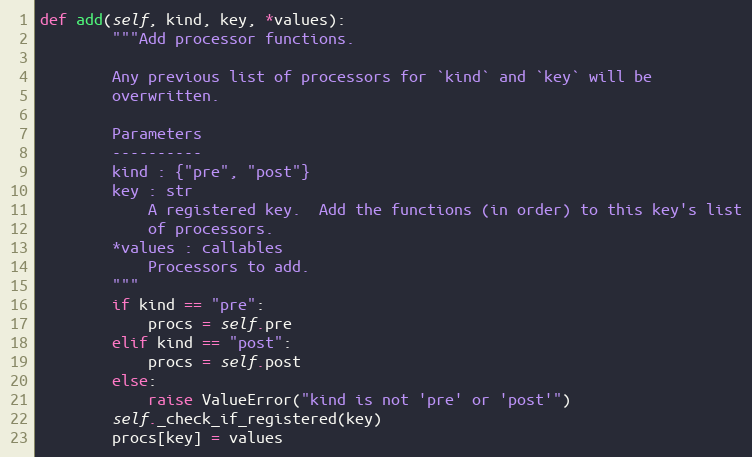
Language: Python
def add(self, kind, key, *values):
        """Add processor functions.

        Any previous list of processors for `kind` and `key` will be
        overwritten.

        Parameters
        ----------
        kind : {"pre", "post"}
        key : str
            A registered key.  Add the functions (in order) to this key's list
            of processors.
        *values : callables
            Processors to add.
        """
        if kind == "pre":
            procs = self.pre
        elif kind == "post":
            procs = self.post
        else:
            raise ValueError("kind is not 'pre' or 'post'")
        self._check_if_registered(key)
        procs[key] = values